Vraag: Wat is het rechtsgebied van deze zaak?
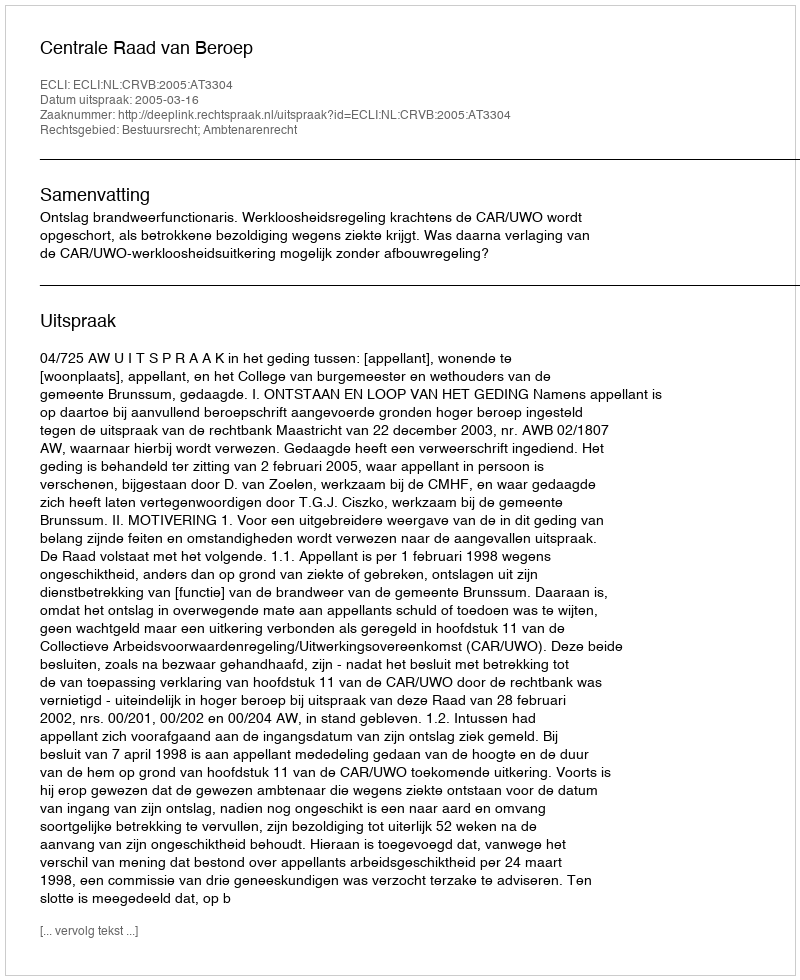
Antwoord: Bestuursrecht; Ambtenarenrecht